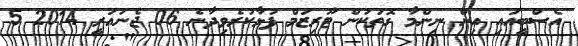
އެސްބީއައި އިން ނިންމާ ގޮތަކުން ޓޫރިޒަމް ފުޅާކުރެވިދާނެ 06 ޖެނުއަރީ 2014 5